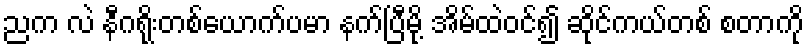
ညက လဲ နီဂရိုးတစ်ယောက်ပမာ နက်ပြီမို့ အိမ်ထဲဝင်၍ ဆိုင်ကယ်တစ် စတာကို